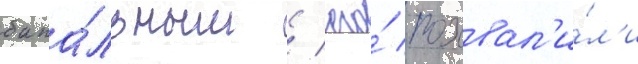
бана́льным / его́ похвал'и́л'и